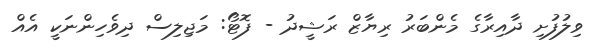
ވިލުފުށި ދާއިރާގެ މެންބަރު ރިޔާޒް ރަޝީދު - ފޮޓޯ: މަޖިލިސް ދިވެހިންނަކީ އެއް